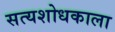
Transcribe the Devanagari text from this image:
सत्यशोधकाला